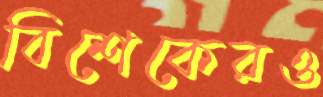
বিশেকেরও